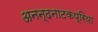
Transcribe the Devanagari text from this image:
अनन्दनाटकप्रिया